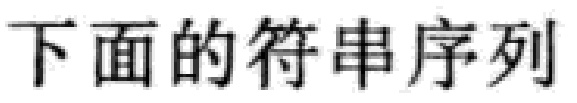
下面的符串序列